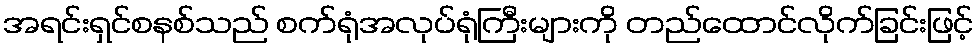
အရင်းရှင်စနစ်သည် စက်ရုံအလုပ်ရုံကြီးများကို တည်ထောင်လိုက်ခြင်းဖြင့်